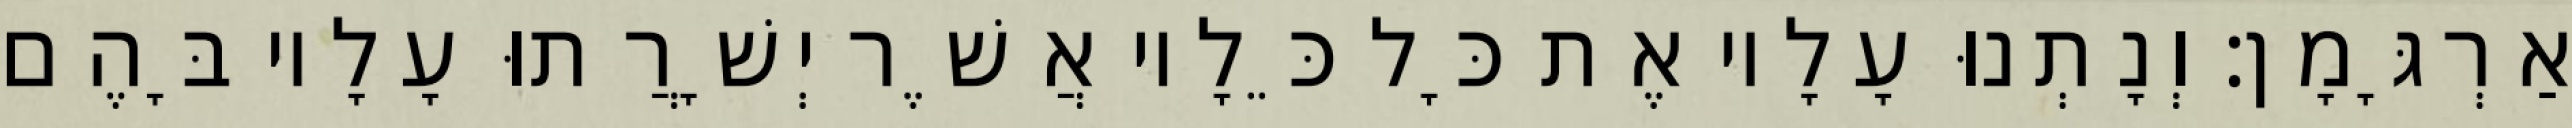
אַרְגָּמָן׃ וְנָתְנוּ עָלָיו אֶת כָּל כֵּלָיו אֲשֶׁר יְשָׁרֲתוּ עָלָיו בָּהֶם